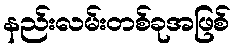
နည်းလမ်းတစ်ခုအဖြစ်